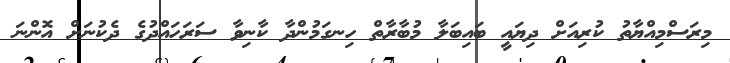
މިރަސްމިއްޔާތު ކުރިއަށް ދިޔައީ ބައިބަލާ މުބާރާތް ހިނގަމުންދާ ކާނިވާ ސަރަހައްދުގެ ދެކުނަށް އޮންނަ